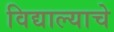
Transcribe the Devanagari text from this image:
विद्याल्याचे